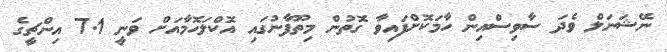
ނޭޝަނަލް ވެދަ ސާވިސްއިން ހާމަކޮށްފައިވާ ގޮތުން މިތޫފާނުގައި އޮކްލަހޮމާއަށް ވަނީ 7.1 އިންޗީގެ